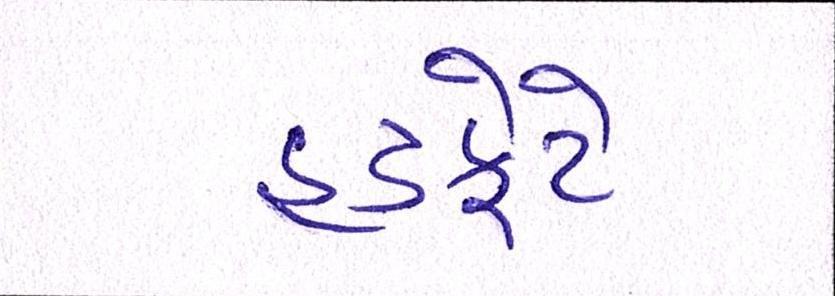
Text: હડફેટે